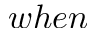
w h e n